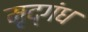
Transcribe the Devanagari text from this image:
मृद्‌गंध